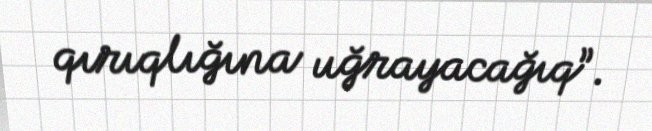
qırıqlığına uğrayacağıq”.